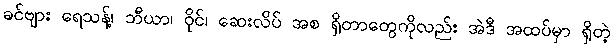
ခင်ဗျား ရေသန့်၊ ဘီယာ၊ ဝိုင်၊ ဆေးလိပ် အစ ရှိတာတွေကိုလည်း အဲဒီ အထပ်မှာ ရှိတဲ့